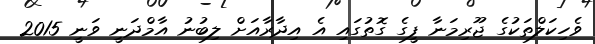
ވެހިކަލްތަކުގެ ޖޫރިމަނާ ފީގެ ގޮތުގައި އެ އިދާރާއަށް ލިބުނު އާމްދަނީ ވަނީ 2015